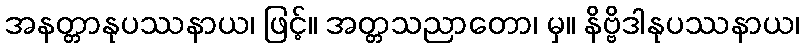
အနတ္တာနုပဿနာယ၊ ဖြင့်။ အတ္တသညာတော၊ မှ။ နိဗ္ဗိဒါနုပဿနာယ၊